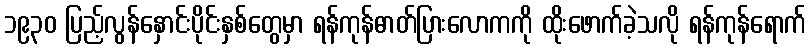
၁၉၃၀ ပြည့်လွန်နှောင်းပိုင်းနှစ်တွေမှာ ရန်ကုန်ဓာတ်ပြားလောကကို ထိုးဖောက်ခဲ့သလို ရန်ကုန်ရောက်